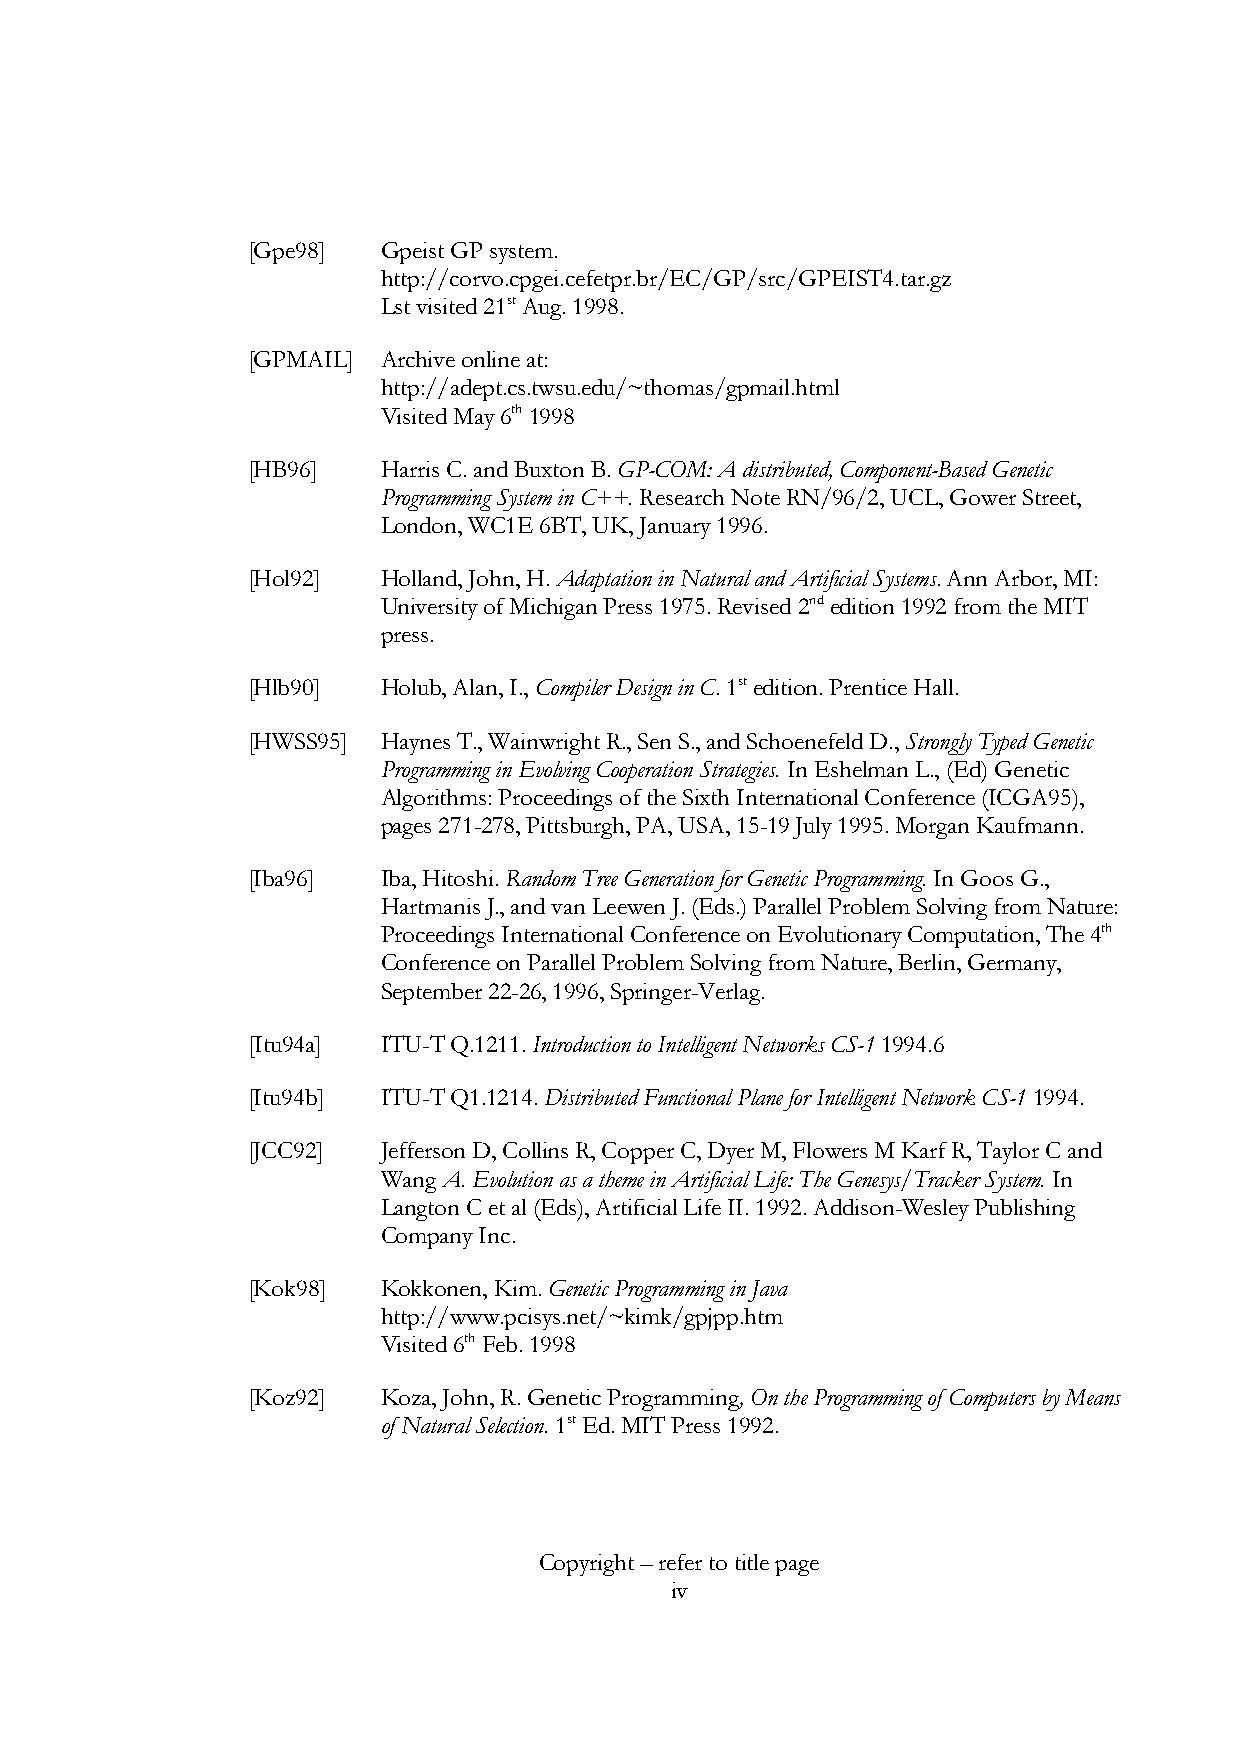
[Gpe98]  Gpeist GP system.
 http://corvo.cpgei.cefetpr.br/EC/GP/src/GPEIST4.tar.gz
 Lst visited 21st Aug. 1998.
 [GPMAIL] Archive online at:
 http://adept.cs.twsu.edu/~thomas/gpmail.html
 Visited May 6th 1998
 [HB96]   Harris C. and Buxton B. GP-COM: A distributed, Component-Based Genetic
 Programming System in C++. Research Note RN/96/2, UCL, Gower Street,
 London, WC1E 6BT, UK, January 1996.
 [Hol92]  Holland, John, H. Adaptation in Natural and Artificial Systems. Ann Arbor, MI:
 University of Michigan Press 1975. Revised 2nd edition 1992 from the MIT
 press.
 [Hlb90]  Holub, Alan, I., Compiler Design in C. 1st edition. Prentice Hall.
 [HWSS95] Haynes T., Wainwright R., Sen S., and Schoenefeld D., Strongly Typed Genetic
 Programming in Evolving Cooperation Strategies. In Eshelman L., (Ed) Genetic
 Algorithms: Proceedings of the Sixth International Conference (ICGA95),
 pages 271-278, Pittsburgh, PA, USA, 15-19 July 1995. Morgan Kaufmann.
 [Iba96]  Iba, Hitoshi. Random Tree Generation for Genetic Programming. In Goos G.,
 Hartmanis J., and van Leewen J. (Eds.) Parallel Problem Solving from Nature:
 Proceedings International Conference on Evolutionary Computation, The 4th
 Conference on Parallel Problem Solving from Nature, Berlin, Germany,
 September 22-26, 1996, Springer-Verlag.
 [Itu94a] ITU-T Q.1211. Introduction to Intelligent Networks CS-1 1994.6
 [Itu94b] ITU-T Q1.1214. Distributed Functional Plane for Intelligent Network CS-1 1994.
 [JCC92]  Jefferson D, Collins R, Copper C, Dyer M, Flowers M Karf R, Taylor C and
 Wang A. Evolution as a theme in Artificial Life: The Genesys/Tracker System. In
 Langton C et al (Eds), Artificial Life II. 1992. Addison-Wesley Publishing
 Company Inc.
 [Kok98]  Kokkonen, Kim. Genetic Programming in Java
 http://www.pcisys.net/~kimk/gpjpp.htm
 Visited 6th Feb. 1998
 [Koz92]  Koza, John, R. Genetic Programming, On the Programming of Computers by Means
 of Natural Selection. 1st Ed. MIT Press 1992.
 Copyright – refer to title page
 iv